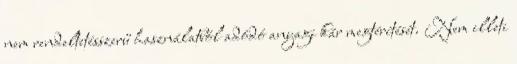
nem rendeltetésszerű használatból adódó anyagi kár megtérítését. Nem illeti